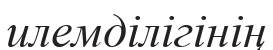
илемділігінің